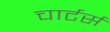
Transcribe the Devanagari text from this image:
चार्टर्स